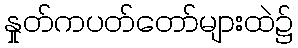
နှုတ်ကပတ်တော်များထဲ၌